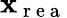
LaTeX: \mathbf{x}_{\mathrm{{~r~e~a~}}}